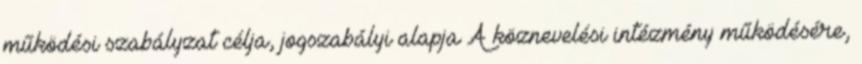
működési szabályzat célja, jogszabályi alapja A köznevelési intézmény működésére,